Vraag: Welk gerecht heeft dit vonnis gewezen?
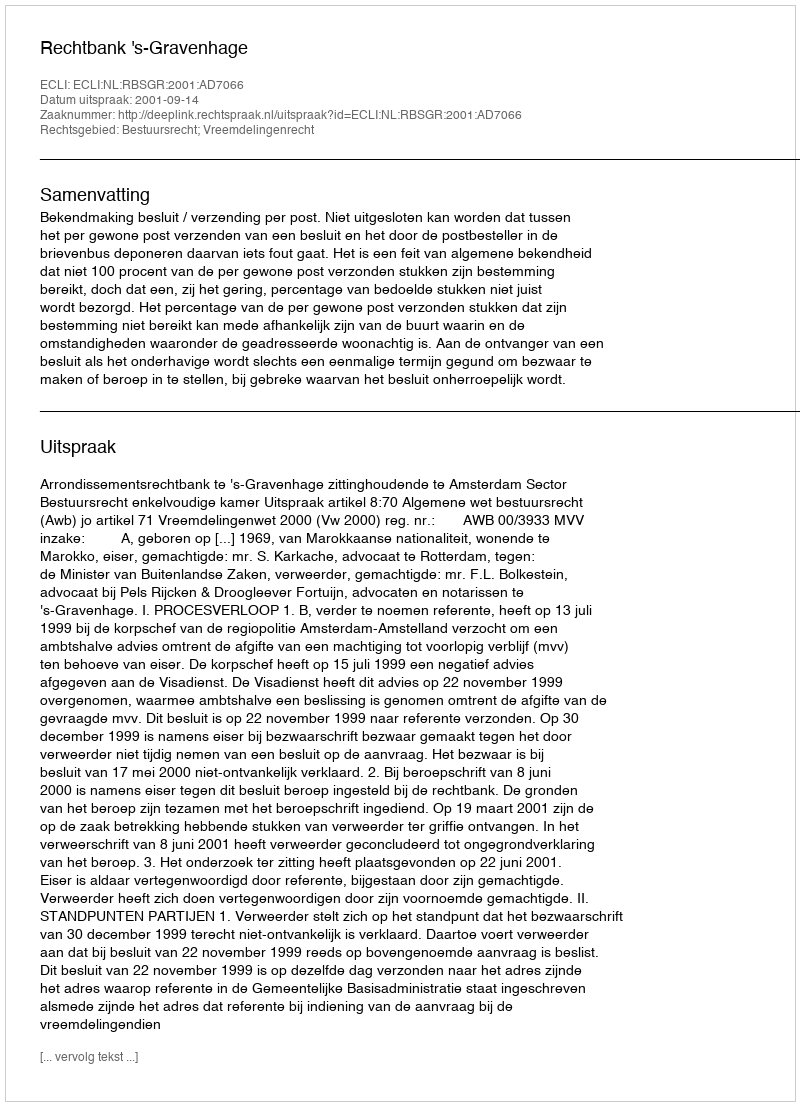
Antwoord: Rechtbank 's-Gravenhage